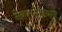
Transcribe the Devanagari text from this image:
नेकरस्टेडियोन